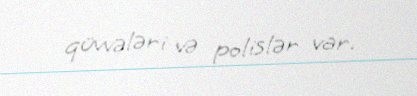
qüvvələri və polislər var.